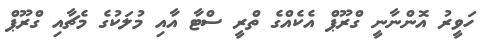
ހަވީރު އޮންނާނީ ގްރޫޕް އެކެއްގެ ތްރީ ސްޓާ އާއި މުލަކުގެ މެޗާއި ގްރޫޕް